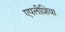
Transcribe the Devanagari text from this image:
एपलीशिया